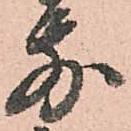
前